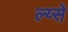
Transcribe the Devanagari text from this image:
ल्य्से